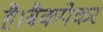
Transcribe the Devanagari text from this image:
है।बैकपेकर